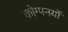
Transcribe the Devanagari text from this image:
कोम्पनयों